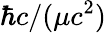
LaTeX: \hbar c/(\mu c^{2})